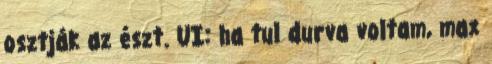
osztják az észt. UI: ha tul durva voltam, max